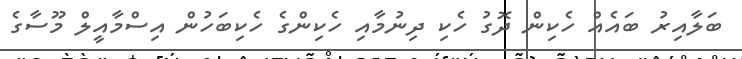
ބަލާއިރު ބައެއް ހެކިން ދޮގު ހެކި ދިނުމާއި ހެކިންގެ ހެކިބަހުން އިސްމާއީލް މޫސާގެ